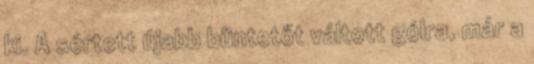
ki. A sértett újabb büntetőt váltott gólra, már a